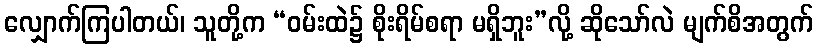
လျှောက်ကြပါတယ်၊ သူတို့က “ဝမ်းထဲ၌ စိုးရိမ်စရာ မရှိဘူး”လို့ ဆိုသော်လဲ မျက်စိအတွက်